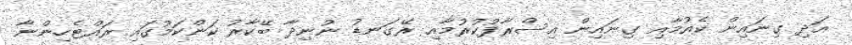
އަދި ގިނައިން ކެއުމާއި ގިނައިން އިސްރާފުކުރުމާއި ރޭގަނޑު ނުނިދާ ބޭކާރު ކަންކަމުގައި ރައްޓެހިންނާ